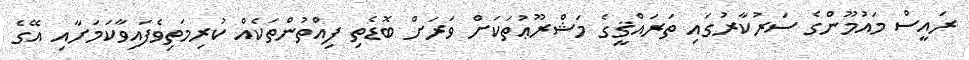
ރައީސް މައުމޫންގެ ސަރުކާރުގައި ތަރައްޤީގެ މަޝްރޫޢުތަކަށް ވަރަށް ބޮޑެތި ފިއްތުންތަކެއް ކުރިމަތިވެފައިވާކަމަށާއި އޭގެ